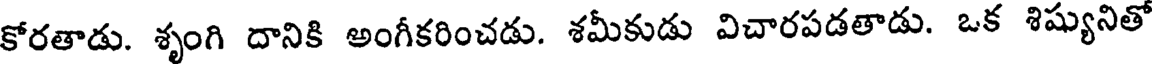
కోరతాడు. శృంగి దానికి అంగీకరించడు. శమీకుడు విచారపడతాడు. ఒక శిష్యునితో